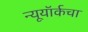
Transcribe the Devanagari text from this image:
न्यूयॉर्कचा